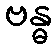
ဗန္ဓ